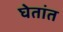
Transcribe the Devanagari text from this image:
घेतांत